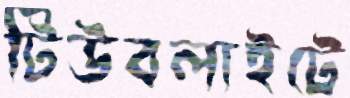
টিউবলাইটে